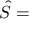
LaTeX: { \hat { S } } = { }